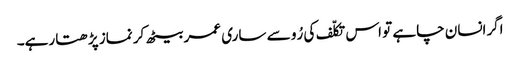
اگرانسان چاہے تو اس تکلّف کی رُو سے ساری عمر بیٹھ کر نماز پڑھتا رہے۔